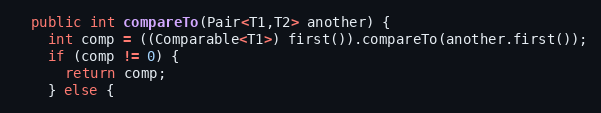
Language: Java
  public int compareTo(Pair<T1,T2> another) {
    int comp = ((Comparable<T1>) first()).compareTo(another.first());
    if (comp != 0) {
      return comp;
    } else {